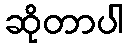
ဆိုတာပါ